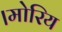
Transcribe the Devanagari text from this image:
।मोरिय